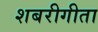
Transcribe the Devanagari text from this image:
शबरीगीता